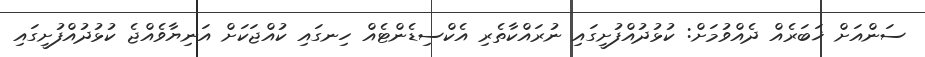
ސަންއަށް ޚަބަރެއް ދެއްވުމަށް: ކުޅުދުއްފުށީގައި ނުރައްކާތެރި އެކްސިޑެންޓެއް ހިނގައި ކުއްޖަކަށް އަނިޔާވެއްޖެ ކުޅުދުއްފުށީގައި